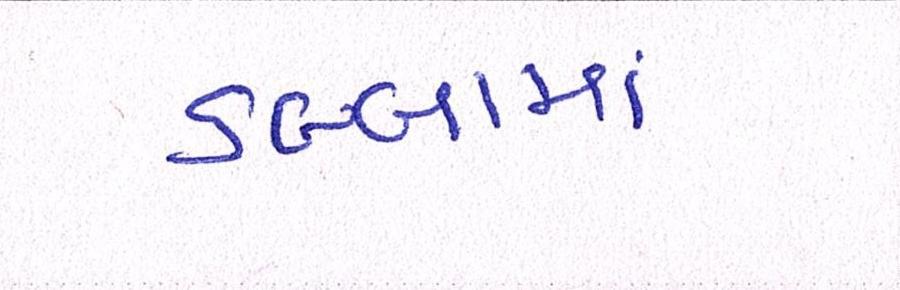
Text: ડબ્બામાં